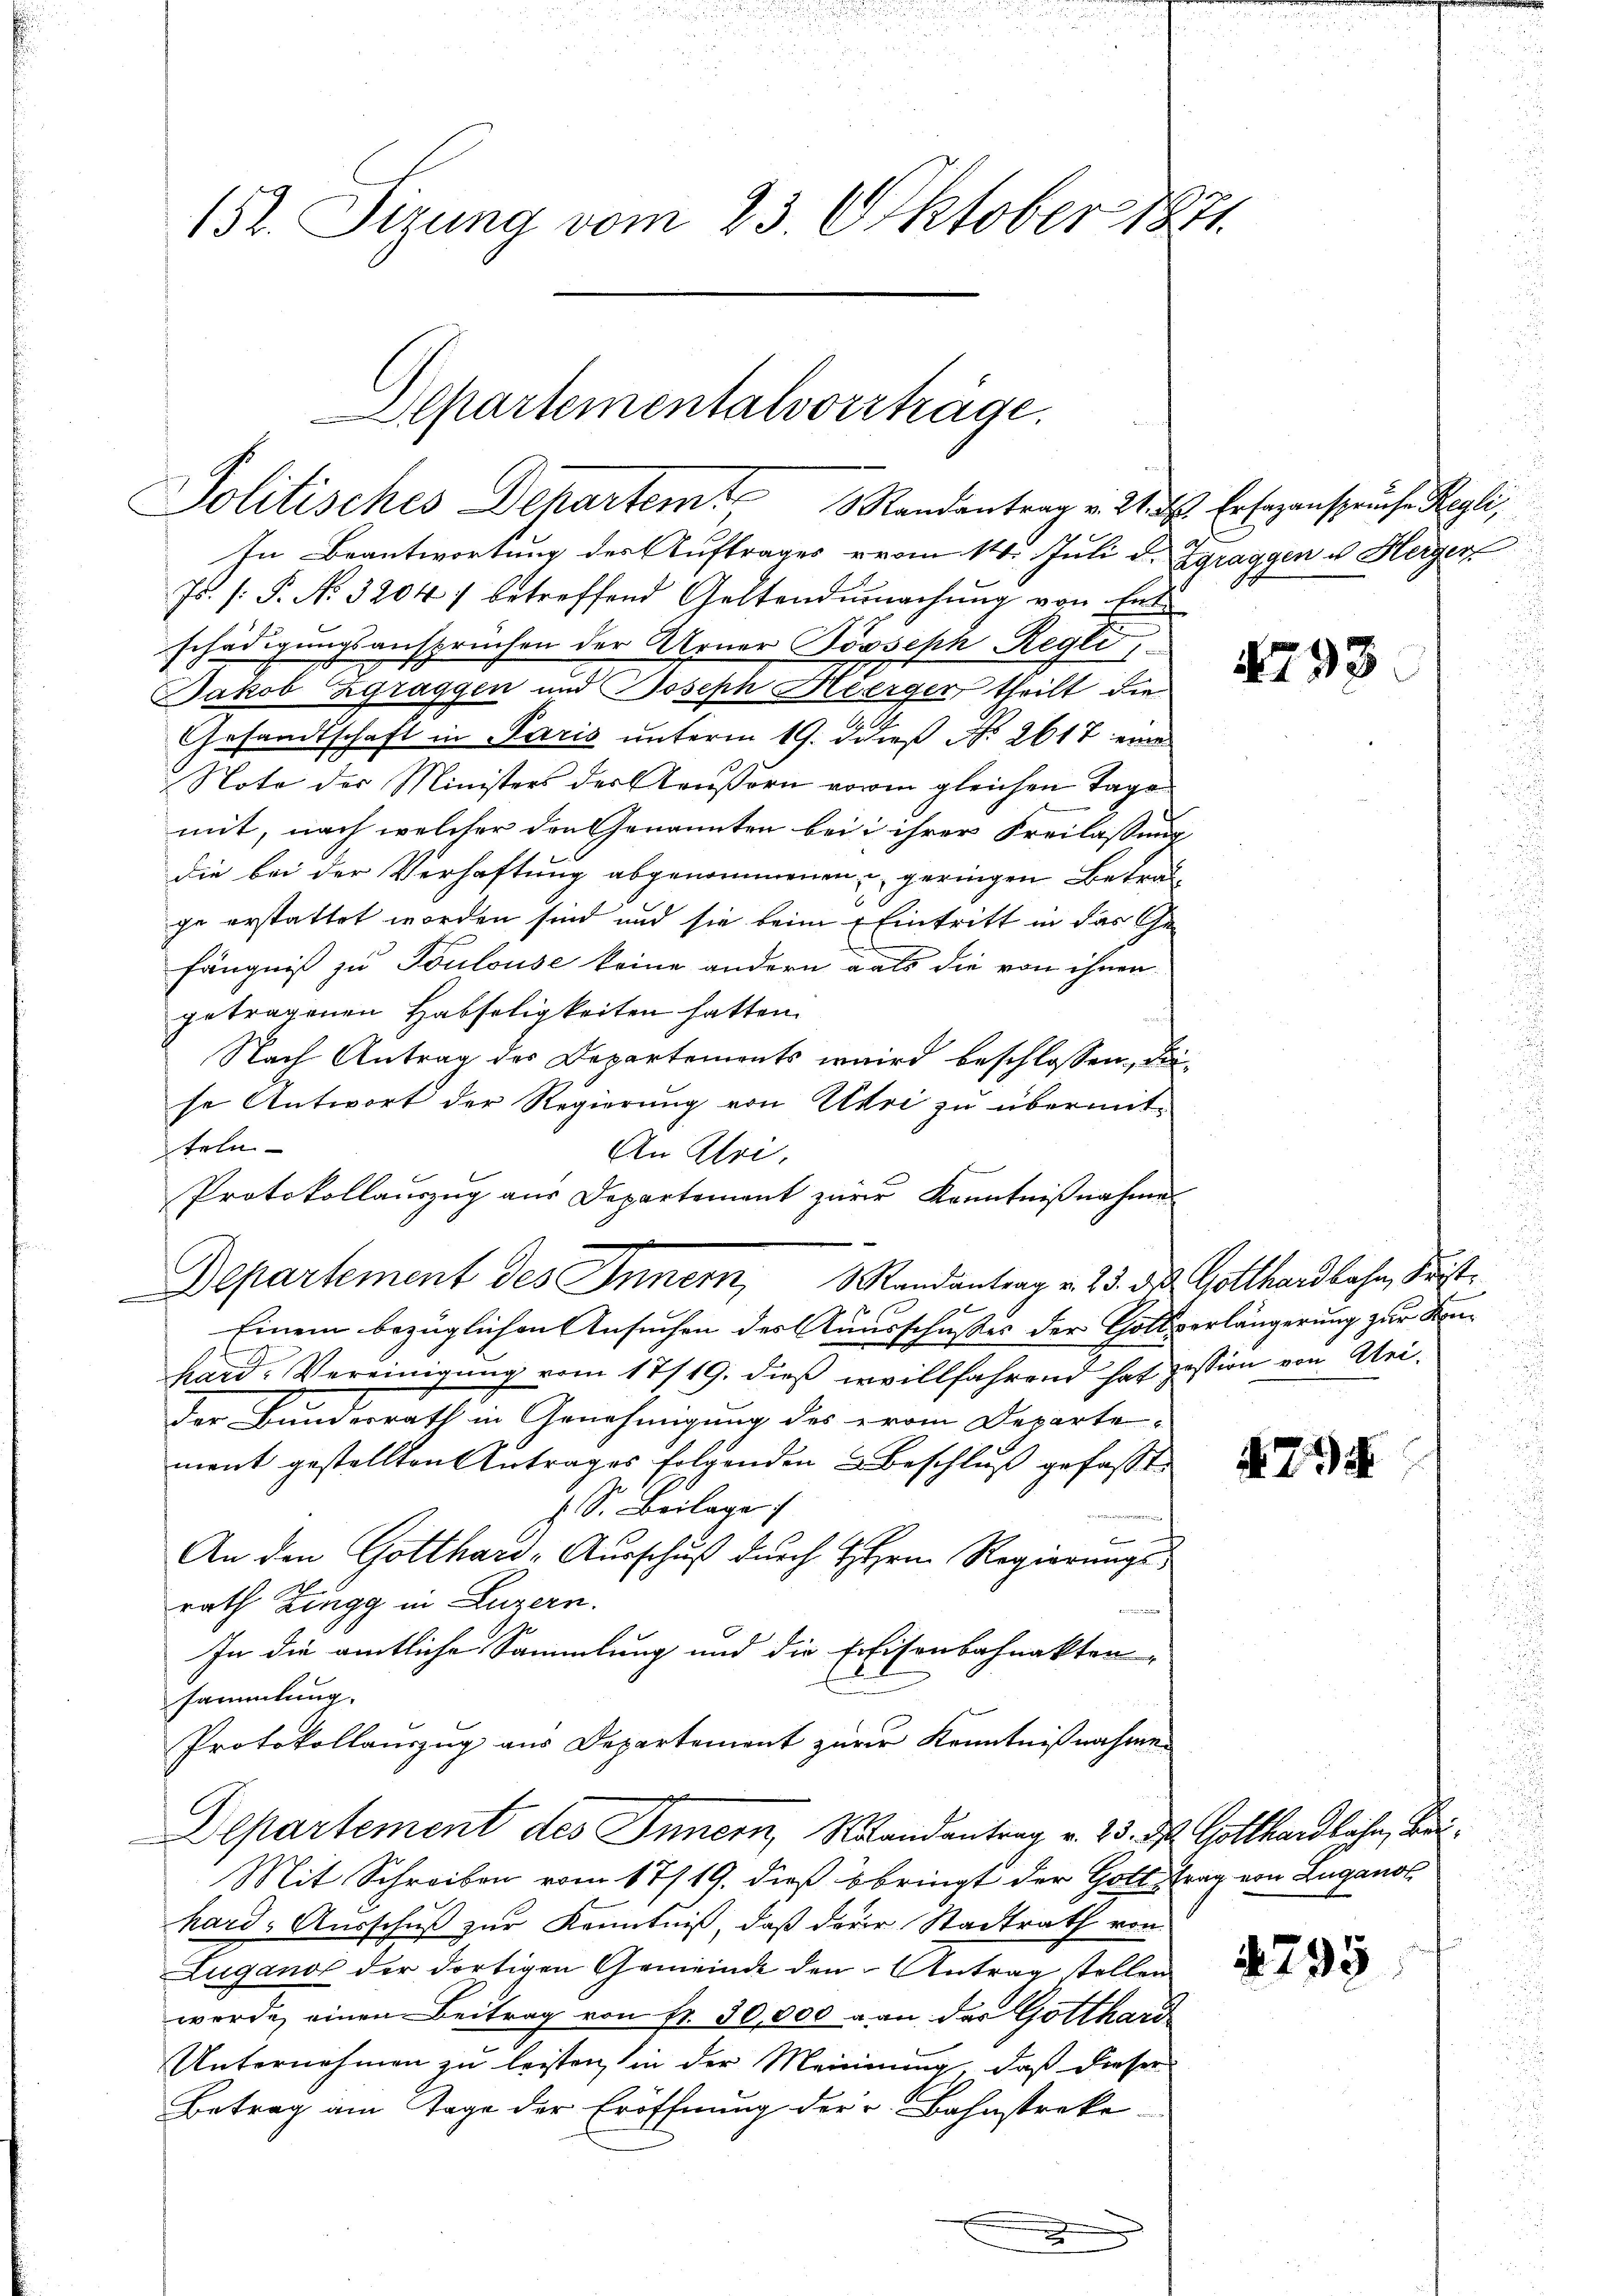
i
152. Setzung vom 23. Oktober 1871.

Aepartementalsverträge.
Politisches Departem Randantrag v. Mit Erlegenspruche Regli

In Beantwortung der Auftrages vom 14. Juli d. Zgraggen u. Herger
Js. (: P. No. 3204) betreffend Gestandumachung von Ent
schädigungsansprüchen der Urner Booseph Regli
Jakob Zgraggen und Joseph Heerger, theilt die
Gesandtschaft in Paris unterm 19. d dieß Nr. 2617 eine
Note der Ministers der Aeußern vorm gleichen Tage
mit, nach welcher den Genannten bei ihrer Freilassung
die bei der Verhaftung abgenommenen u geringen Betragge erstattet worden sind und sie beim Eintritt in das Ge¬
E
fängniß zu Toulouse keine andern als die von ihnen
getragenen Habseligkeiten hatten.
Nach Antrag des Departements wird beschlossen, diese Antwort der Regierung von Uri zu übermitteln
An Alri.
Protokollaŭszŭg aŭs Departement zur Kenntniβnahme
e
Einem bezüglichen Ansuchen des Aausschußes der Gottverlängerung zur Kenhard. Vereinigung vom 17/19. dieß erwillfahrend hat zession von Mei¬
Der Bundesrath in Genehmigung des erom Departe
mant gestellten Antrages folgenden Beschluß gefasste
 S. Beilage
An den Gotthard-Ausschuß durch HHerrn Regierungsrath Zingg in Luzern.
u
In die amtliche Sammlung und die Erfisonbahnakten,
sammlung.
Protokollauszug aus Departement zurer Kenntnißnahmen
Departement des Innern, Mandantrag v. 25. ds. Gotthardliche, Bei¬
Mit Schreiben vom 17/19. dieß bringt der Gott trag von Lugano
hard-Ausschuß zur Kenntniß, daß derer Stadtrath von
Zugano der dortigen Gemeinde den Antrag stellen
werde, einen Beitrag von fr. 30,000 an das Gotthard
Unternehmen zu leisten in der Meinung, daß dieser
Betrag am Tage der Eröffnung der Bahnstreke
x

Departement des Inner, 3 Randantrag v. 23. ds. Gotthardbahn, Frist¬

4793

1795